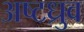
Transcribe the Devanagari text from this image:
अष्टध्रुव